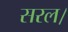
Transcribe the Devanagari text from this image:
सरल।